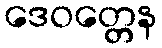
ဒေဝတ္တေန